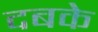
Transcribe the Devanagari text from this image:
दबके